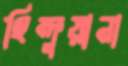
হিন্দুয়ানা